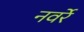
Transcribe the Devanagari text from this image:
नवर्रे